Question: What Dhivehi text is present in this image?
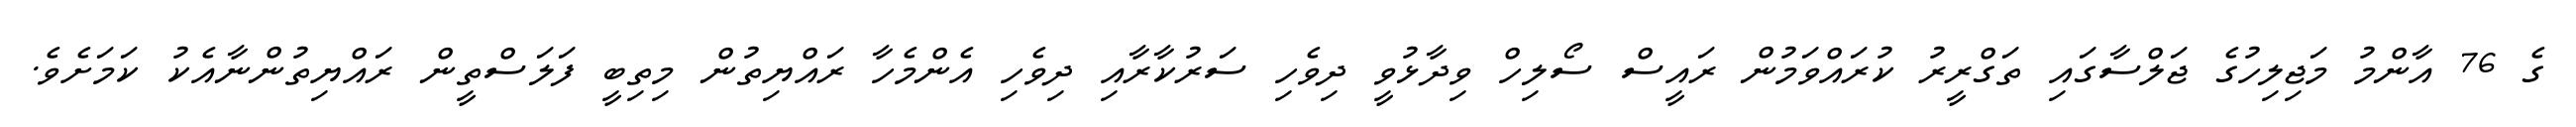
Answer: ގެ 76 އާންމު މަޖިލިހުގެ ޖަލްސާގައި ތަގްރީރު ކުރައްވަމުން ރައީސް ސޯލިހް ވިދާޅުވީ ދިވެހި ސަރުކާރާއި ދިވެހި އެންމެހާ ރައްޔިތުން މިތިބީ ފަލަސްތީން ރައްޔިތުންނާއެކު ކަމަށެވެ.